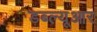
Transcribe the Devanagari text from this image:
डब्‍ल्‍यूआर